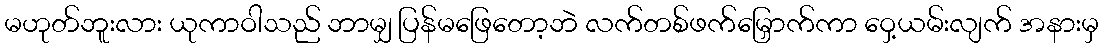
မဟုတ်ဘူးလား ယုကာဝါသည် ဘာမျှ ပြန်မဖြေတော့ဘဲ လက်တစ်ဖက်မြှောက်ကာ ဝှေ့ယမ်းလျက် အနားမှ